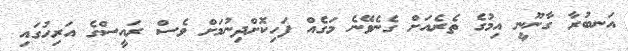
އަނބުރާ ގާނޫނީ އިމުގެ ތެރެއަށް ގެނެވޭނެ މަގެއް ފަހިކޮށްދިނުމަށް ވެސް ރައީސްގެ އަރިހުގައި